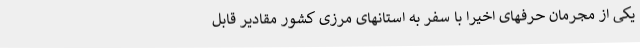
یکی از مجرمان حرفهای اخیرا با سفر به استانهای مرزی کشور مقادیر قابل